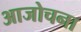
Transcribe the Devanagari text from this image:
आजोचना